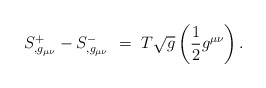
\begin{align*}S_{,g_{\mu\nu}}^+ - S_{,g_{\mu\nu}}^-~=~T \sqrt{g}\left( \frac{1}{2} g^{\mu\nu} \right).\end{align*}